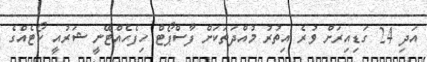
އަދި 24 ގަޑިއިރަށް ވުރެ އިތުރު މުއްދަތަކަށް ފާސްޕޯޓް ހިފެހެއްޓޭނީ ޝަރުއީ ކޯޓެއްގެ